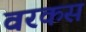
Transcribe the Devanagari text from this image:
वरकस